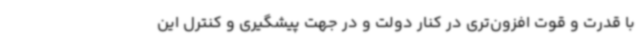
با قدرت و قوت افزون‌تری در کنار دولت و در جهت پیشگیری و کنترل این